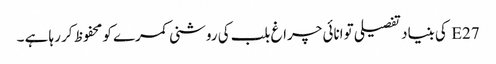
E27 کی بنیاد تفصیلی توانائی چراغ بلب کی روشنی کمرے کو محفوظ کر رہا ہے ۔